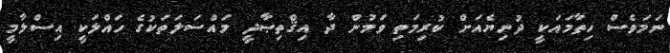
ނަމަވެސް ހިތާމައަކީ ދުނިޔެއަށް ކުރިމަތި ވަމުން ދާ އިޤްތިޞާދީ މައްސަލަތަކުގެ ހައްލަކީ އިސްލާމީ